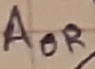
Text: AOR